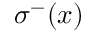
\sigma ^ { - } \mathopen { } \mathclose \bgroup \left( x \aftergroup \egroup \right)